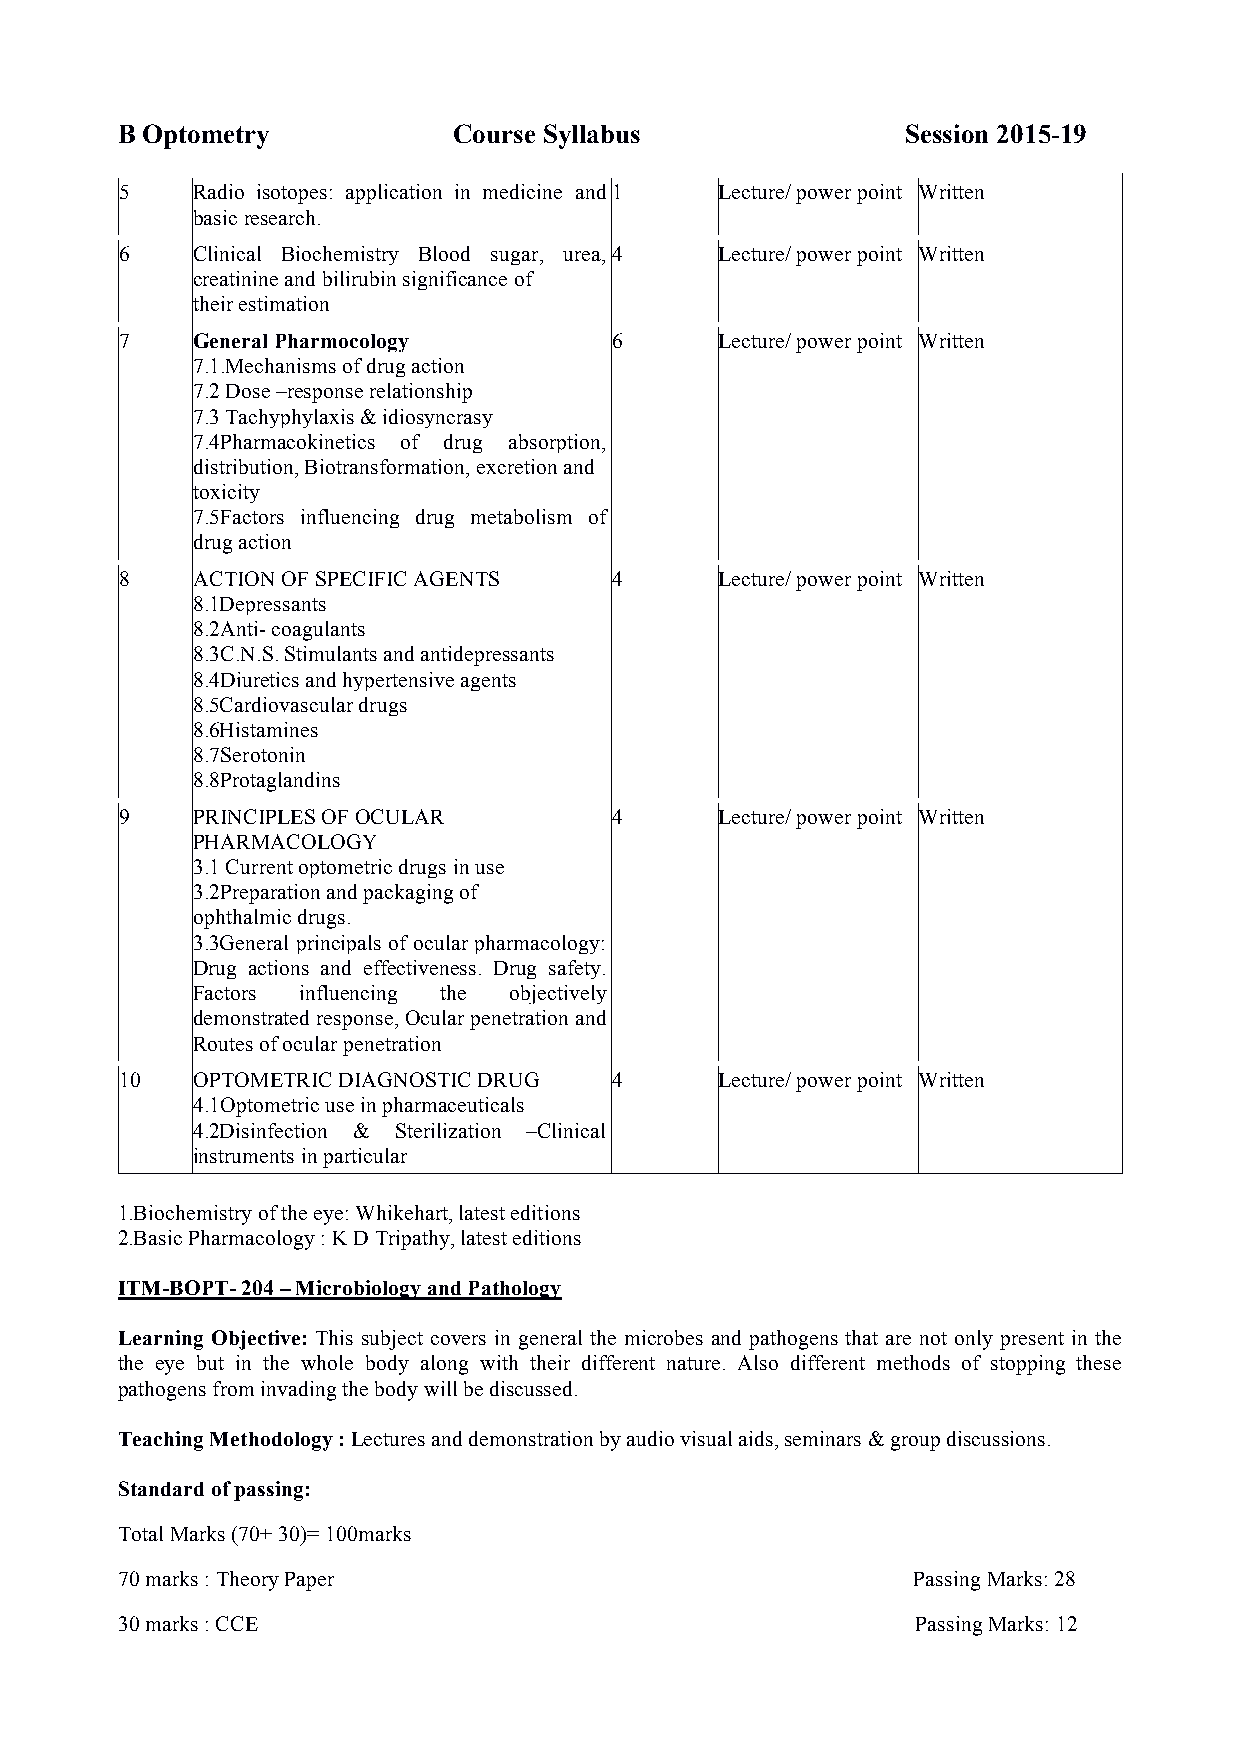
B Optometry           Course Syllabus               Session 2015-19
 5    Radio isotopes: application in medicine and 1 Lecture/ power point Written
 basic research.
 6    Clinical Biochemistry Blood sugar, urea, 4 Lecture/ power point Written
 creatinine and bilirubin significance of
 their estimation
 7    General Pharmocology        6      Lecture/ power point Written
 7.1.Mechanisms of drug action
 7.2 Dose –response relationship
 7.3 Tachyphylaxis & idiosyncrasy
 7.4Pharmacokinetics of drug absorption,
 distribution, Biotransformation, excretion and
 toxicity
 7.5Factors influencing drug metabolism of
 drug action
 8    ACTION OF SPECIFIC AGENTS   4      Lecture/ power point Written
 8.1Depressants
 8.2Anti- coagulants
 8.3C.N.S. Stimulants and antidepressants
 8.4Diuretics and hypertensive agents
 8.5Cardiovascular drugs
 8.6Histamines
 8.7Serotonin
 8.8Protaglandins
 9    PRINCIPLES OF OCULAR        4      Lecture/ power point Written
 PHARMACOLOGY
 3.1 Current optometric drugs in use
 3.2Preparation and packaging of
 ophthalmic drugs.
 3.3General principals of ocular pharmacology:
 Drug actions and effectiveness. Drug safety.
 Factors influencing the objectively
 demonstrated response, Ocular penetration and
 Routes of ocular penetration
 10   OPTOMETRIC DIAGNOSTIC DRUG  4      Lecture/ power point Written
 4.1Optometric use in pharmaceuticals
 4.2Disinfection & Sterilization –Clinical
 instruments in particular
 1.Biochemistry of the eye: Whikehart, latest editions
 2.Basic Pharmacology : K D Tripathy, latest editions
 ITM-BOPT- 204 – Microbiology and Pathology
 Learning Objective: This subject covers in general the microbes and pathogens that are not only present in the
 the eye but in the whole body along with their different nature. Also different methods of stopping these
 pathogens from invading the body will be discussed.
 Teaching Methodology : Lectures and demonstration by audio visual aids, seminars & group discussions.
 Standard of passing:
 Total Marks (70+ 30)= 100marks
 70 marks : Theory Paper                              Passing Marks: 28
 30 marks : CCE                                       Passing Marks: 12